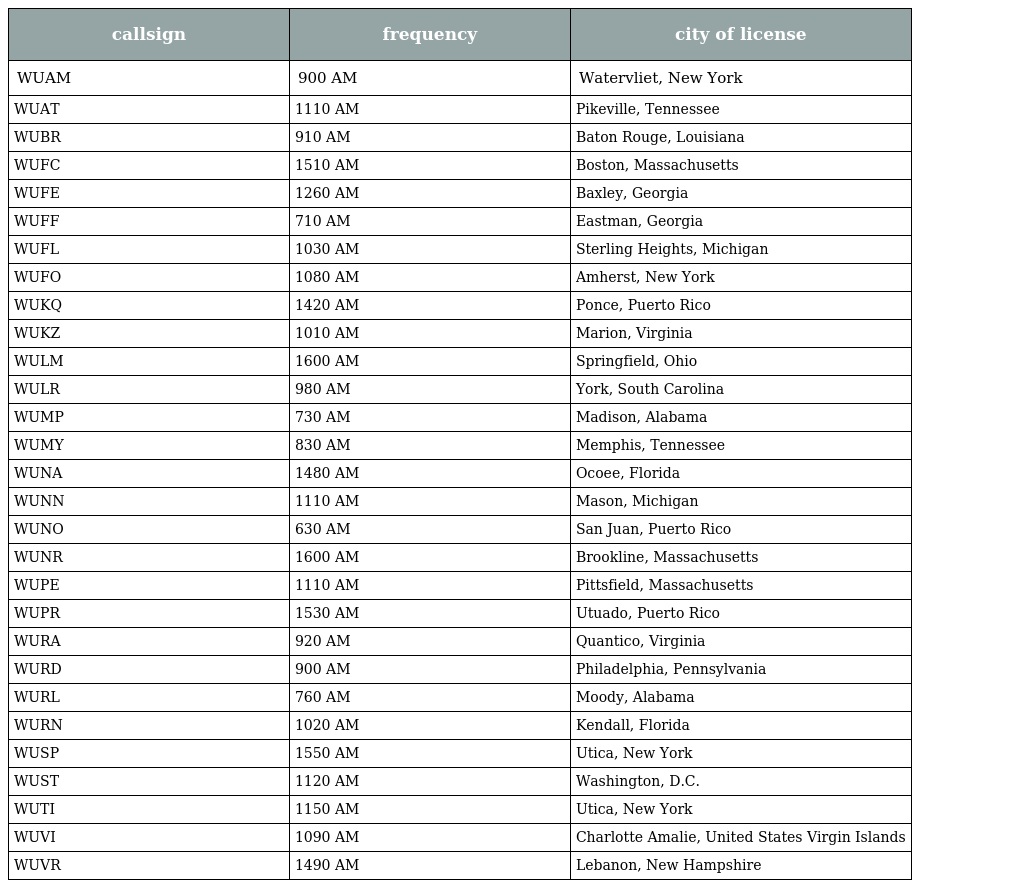
| callsign | frequency | city of license |
 | --- | --- | --- |
 | WUAM | 900 AM | Watervliet, New York |
 | WUAT | 1110 AM | Pikeville, Tennessee |
 | WUBR | 910 AM | Baton Rouge, Louisiana |
 | WUFC | 1510 AM | Boston, Massachusetts |
 | WUFE | 1260 AM | Baxley, Georgia |
 | WUFF | 710 AM | Eastman, Georgia |
 | WUFL | 1030 AM | Sterling Heights, Michigan |
 | WUFO | 1080 AM | Amherst, New York |
 | WUKQ | 1420 AM | Ponce, Puerto Rico |
 | WUKZ | 1010 AM | Marion, Virginia |
 | WULM | 1600 AM | Springfield, Ohio |
 | WULR | 980 AM | York, South Carolina |
 | WUMP | 730 AM | Madison, Alabama |
 | WUMY | 830 AM | Memphis, Tennessee |
 | WUNA | 1480 AM | Ocoee, Florida |
 | WUNN | 1110 AM | Mason, Michigan |
 | WUNO | 630 AM | San Juan, Puerto Rico |
 | WUNR | 1600 AM | Brookline, Massachusetts |
 | WUPE | 1110 AM | Pittsfield, Massachusetts |
 | WUPR | 1530 AM | Utuado, Puerto Rico |
 | WURA | 920 AM | Quantico, Virginia |
 | WURD | 900 AM | Philadelphia, Pennsylvania |
 | WURL | 760 AM | Moody, Alabama |
 | WURN | 1020 AM | Kendall, Florida |
 | WUSP | 1550 AM | Utica, New York |
 | WUST | 1120 AM | Washington, D.C. |
 | WUTI | 1150 AM | Utica, New York |
 | WUVI | 1090 AM | Charlotte Amalie, United States Virgin Islands |
 | WUVR | 1490 AM | Lebanon, New Hampshire |